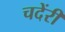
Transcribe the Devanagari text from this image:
चदेंरी